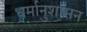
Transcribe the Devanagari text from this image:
धर्मानुशासन